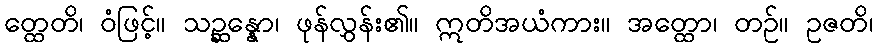
တ္ထေတိ၊ ဝံဖြင့်။ သဉ္ဆန္နော၊ ဖုန်လွှန်း၏။ ဣတိအယံကား။ အတ္ထော၊ တဉ်။ ဥဇတိ၊